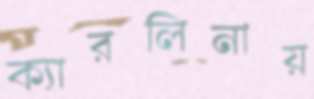
ক্যারলিনায়